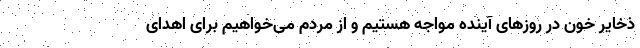
ذخایر خون در روزهای آینده مواجه هستیم و از مردم می‌خواهیم برای اهدای